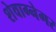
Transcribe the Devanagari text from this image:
शेवाग्नेगर